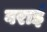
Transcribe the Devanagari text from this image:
वराई